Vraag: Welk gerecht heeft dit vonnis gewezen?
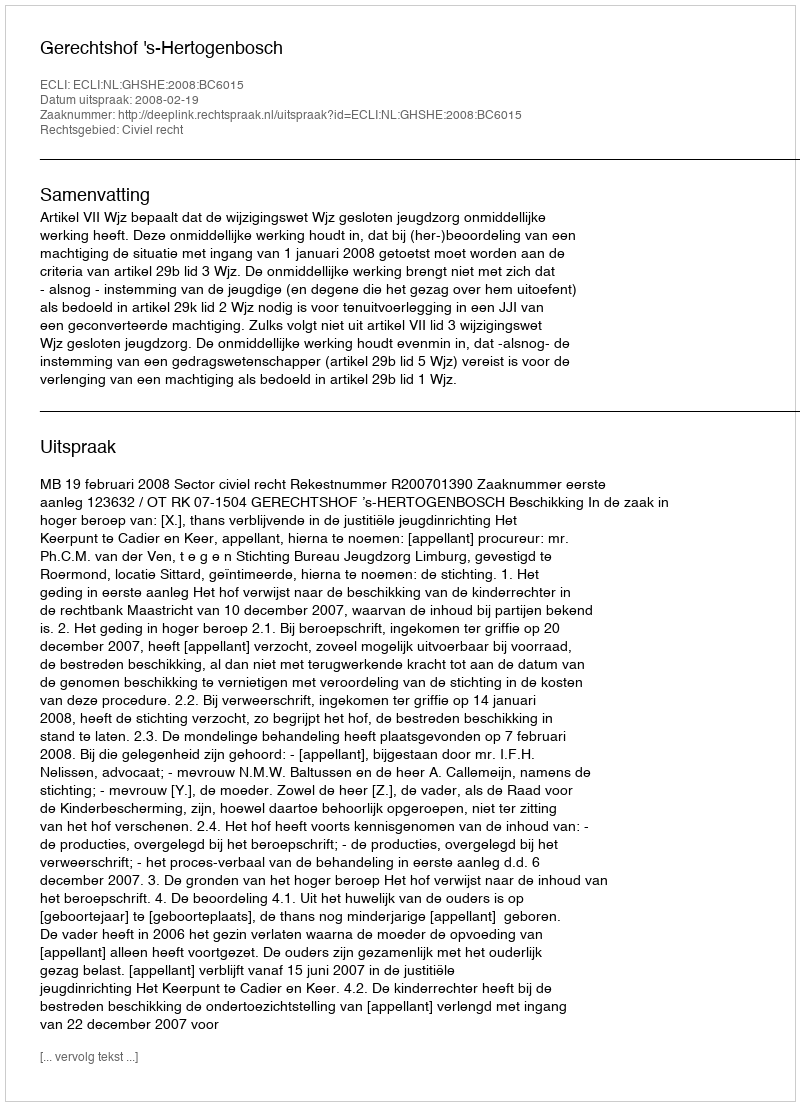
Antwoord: Gerechtshof 's-Hertogenbosch